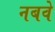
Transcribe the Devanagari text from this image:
नबवे